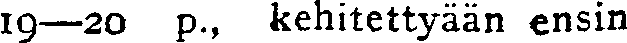
19—20 p., kehitettyään ensin